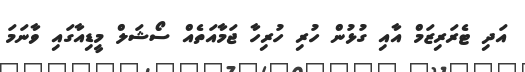
އަދި ޓެރަރިޒަމް އާއި ގުޅުން ހުރި ހުރިހާ ޖަމާއަތެއް ސޯޝަލް މީޑިއާގައި ވާނަމަ